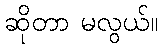
ဆိုတာ မလွယ်။